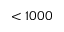
< 1 0 0 0